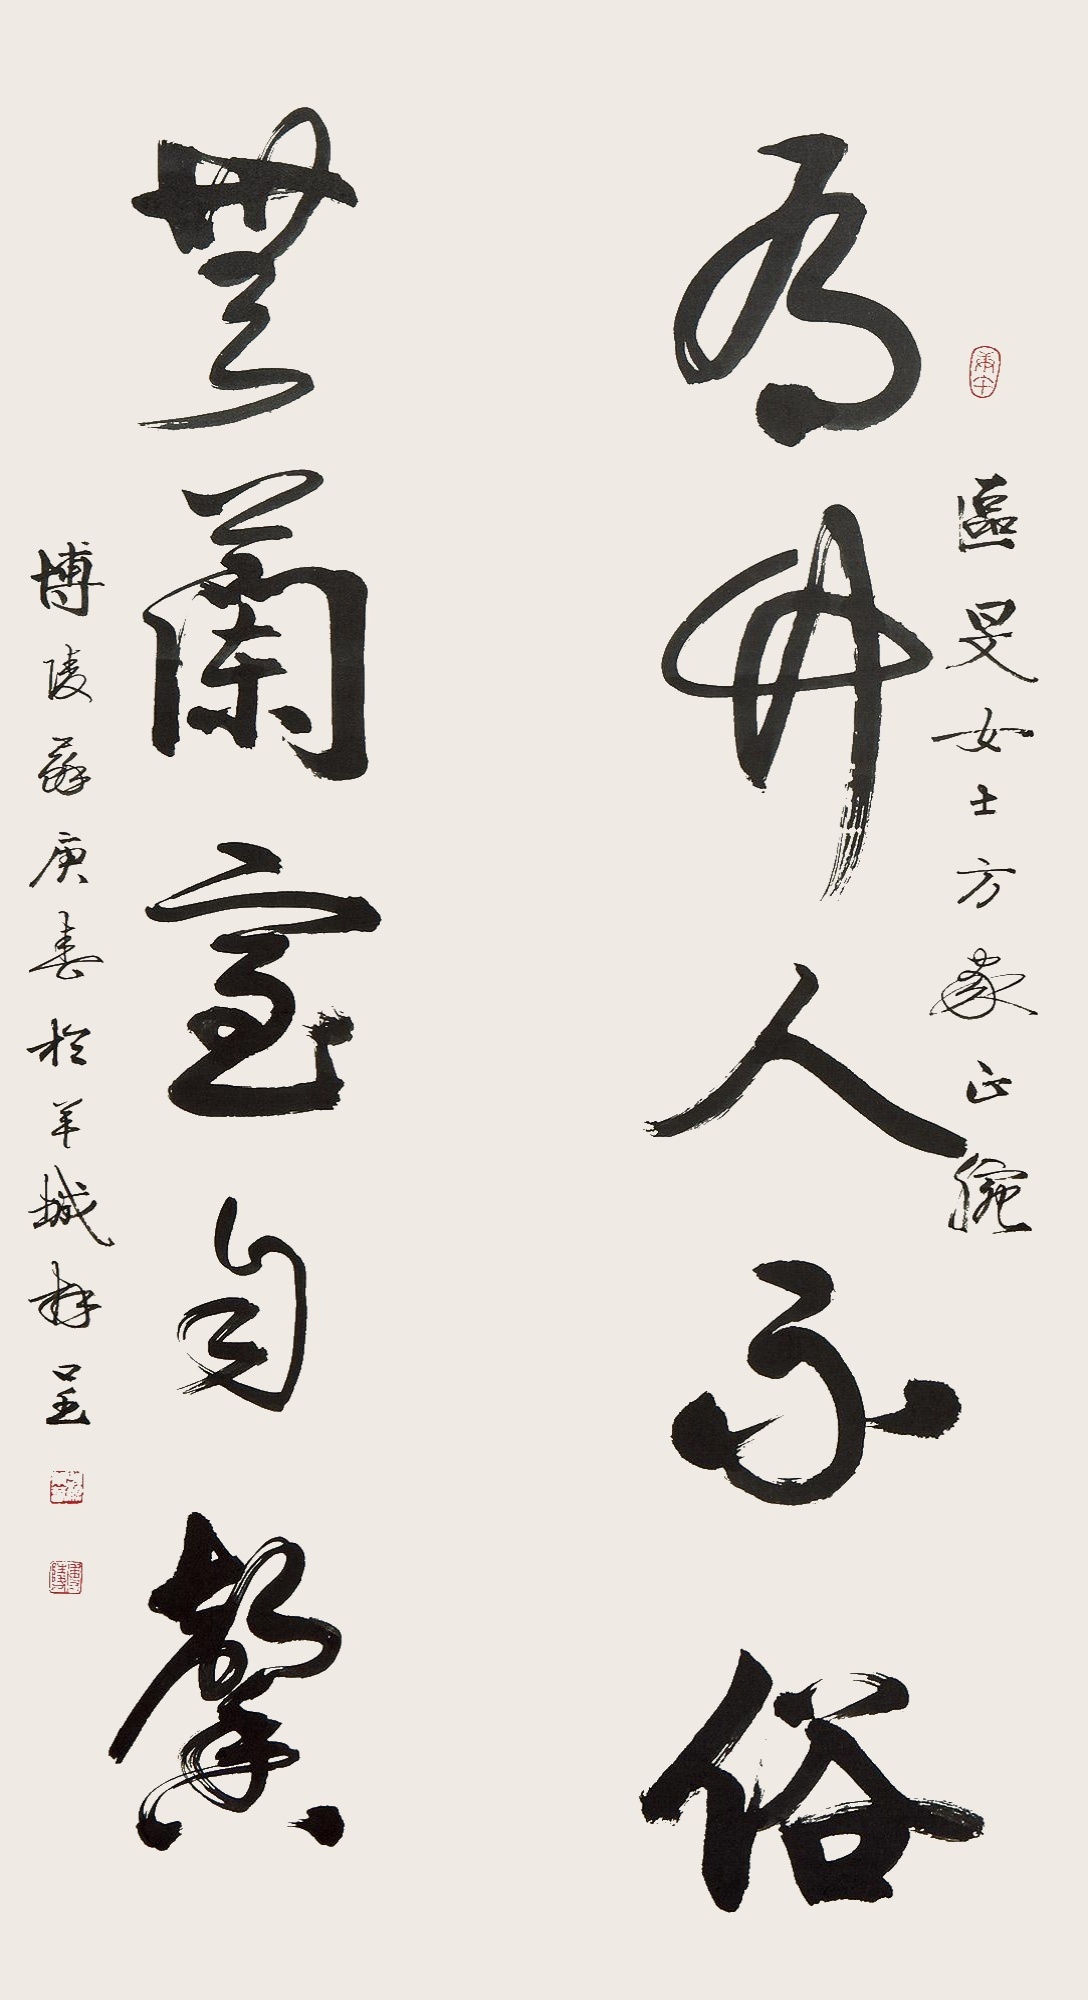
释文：有竹人不俗，无兰室自馨。区旻女士方家正捥，博陵苏庚春于羊城拜呈。